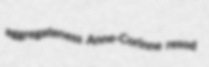
aggregateness Anne-Corinne resod